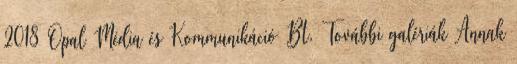
2018 Opal Média és Kommunikáció Bt. További galériák Annak